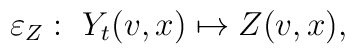
\varepsilon_{Z}:\ Y_t(v,x) \mapsto Z(v,x),